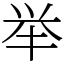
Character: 举